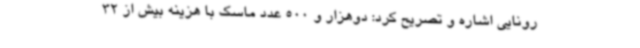
رونایی اشاره و تصریح کرد: دوهزار و 500 عدد ماسک با هزینه بیش از 32